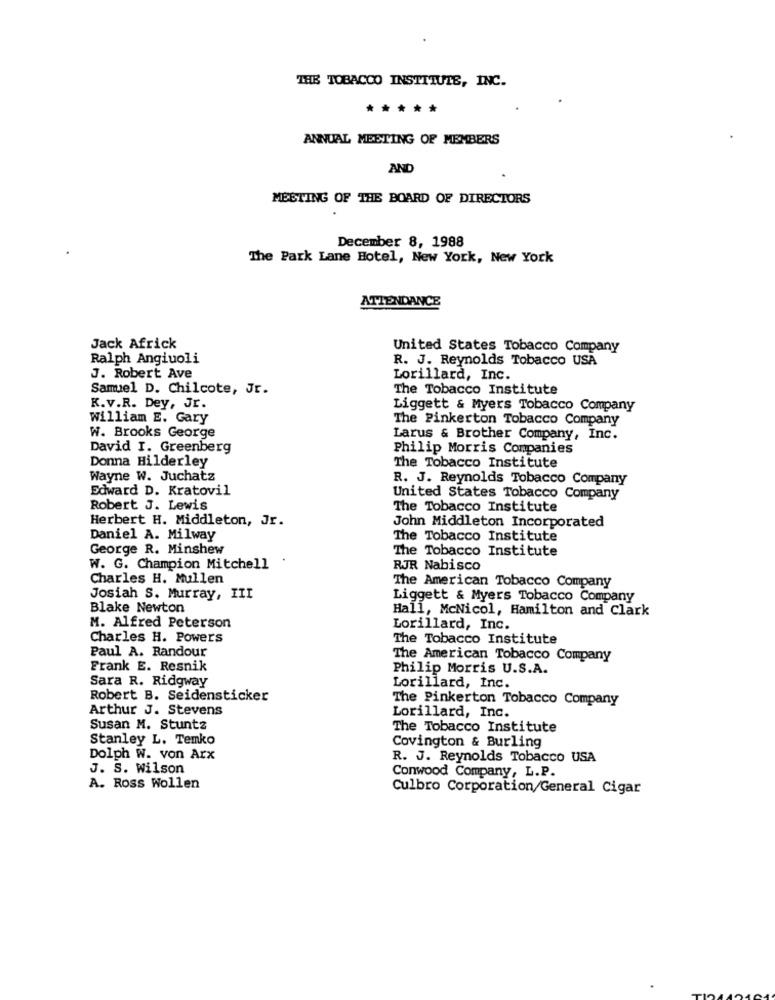
THE TOBACCO INSTITUTE, INC.
*****
ANNUAL MEETING OF MEMBERS
AND
MEETING OF THE BOARD OF DIRECTORS
December 8, 1988
The Park Lane Hotel, New York, New York
ATTENDANCE
Jack Africk
United States Tobacco Company
Ralph Angiuoli
R. J. Reynolds Tobacco USA
J. Robert Ave
Lorillard, Inc.
Samuel D. Chilcote, Jr.
The Tobacco Institute
K.v.R. Dey, Jr.
Liggett & Myers Tobacco Company
William E. Gary
The Pinkerton Tobacco Company
W. Brooks George
Larus & Brother Company, Inc.
David I. Greenberg
Philip Morris Companies
Donna Hilderley
The Tobacco Institute
Wayne W. Juchatz
R. J. Reynolds Tobacco Company
Edward D. Kratovil
United States Tobacco Company
Robert J. Lewis
The Tobacco Institute
Herbert H. Middleton, Jr.
John Middleton Incorporated
Daniel A. Milway
The Tobacco Institute
George R. Minshew
The Tobacco Institute
W. G. Champion Mitchell
RJR Nabisco
Charles H. Mullen
The American Tobacco Company
Josiah S. Murray, III
Liggett & Myers Tobacco Company
Blake Newton
Hall, McNicol, Hamilton and Clark
M. Alfred Peterson
Lorillard, Inc.
Charles H. Powers
The Tobacco Institute
Paul A. Randour
The American Tobacco Company
Frank E. Resnik
Philip Morris U.S.A.
Sara R. Ridgway
Lorillard, Inc.
Robert B. Seidensticker
The Pinkerton Tobacco Company
Arthur J. Stevens
Lorillard, Inc.
Susan M. Stuntz
The Tobacco Institute
Stanley L. Temko
Covington & Burling
Dolph W. von Arx
R. J. Reynolds Tobacco USA
J. S. Wilson
Conwood Company, L.P.
A. Ross Wollen
Culbro Corporation/General Cigar